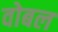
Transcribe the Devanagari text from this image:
वोबल